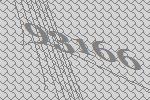
93166